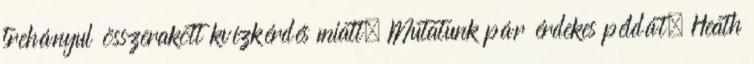
trehányul összerakott kvízkérdés miatt. Mutatunk pár érdekes példát. Heath